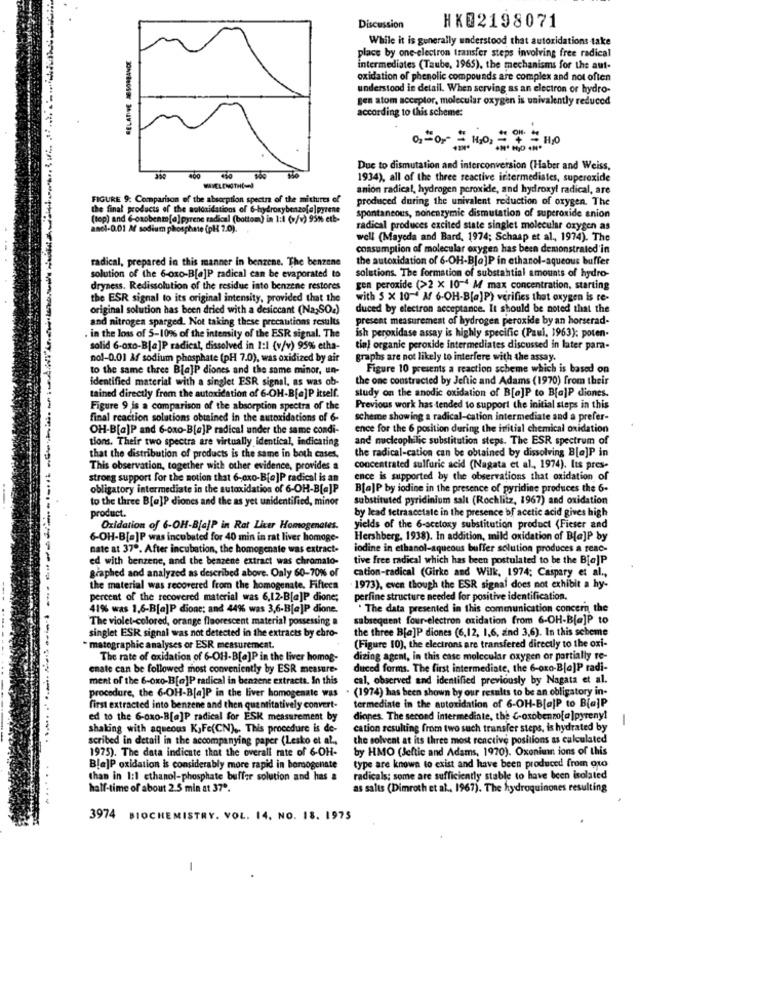
HK02198071
Discussion
While it is generally understood that autoridations take
place by one-electron transfer steps involving free radical
intermediates (Taube, 1965), the mechanisms for the aut-
oxidation of phenolic compounds are complex and not often
understood in detail. When serving as an electron or hydro-
gen atom acceptor, molecular oxygen is univalently reduced
according to this scheme:
Due to dismutation and interconversion (Haber and Weiss,
400
1934), all of the three reactive intermediates, superoxide
anion radical, hydrogen peroxide, and hydroxyl radical, are
FIGURE 9: Comparison of the absorption spectra of the mittures of
produced during the univalent reduction of oxygen. The
the final products of the aoldaidations of 6-hydroxybenzofa]pyren
(top) and 6-osobenm[a] pyrene radical (bottom) in 1:1 (>/v) 95% etb-
spontaneous, nonenzymie dismutation of superoxide anion
anel-0.01 Af sodium phosphate (pH 2.0).
radical produces excited state singlet molecular oxygen as
well (Mayeda and Bard, 1974; Schaap et al ., 1974). The
consumption of molecular oxygen has been demonstrated'in
radical, prepared in this manner in benzene. The benzene
the autoxidation of 6-OH-B[a]P in ethanol-aqueous buffer
solution of the 6-0x0-B[e]P radical can be evaporated to
solutions. The formation of substantial amounts of hydro-
dryness. Redissolution of the residue inte benzene restores
gen peroxide (>2 x 10-4 M max concentration, starting
the ESR signal to its original intensity, provided that the
with 5 x 10-4 M 6-OH-B[a]P) verifies that oxygen is re-
original solution has been dried with a desiccant (Na;SO2)
duced by electron acceptance. It should be noted that the
and nitrogen sparged. Not taking these precautions results
present measurement of hydrogen peroxide by an horserad-
ish peroxidase assay is highly specific (Paul, 1963); poten-
in the loss of 5-10% of the intensity of the ESR signal. The
solid 6-axo-B[a]P radical, dissolved in 1:1 (v/v) 95%% etha-
tinj organic peroxide intermediates discussed in later para-
nol-0.01 Af sodium phosphate (pH 7.0), was oxidized by air
graphs are not likely to interfere with the assay.
to the same three Ble]P diones and the same minor, un-
Figure 10 presents a reaction scheme which is based on
identified material with a singlet ESR signal, as was ob-
the one constructed by Jeftic and Adams (1970) from their
study on the anodic oxidation of B[a]P to B[a]P diones.
tained directly from the autoxidation of 6-OH-B[a]P itself.
Figure 9 is a comparison of the absorption spectra of the
Previous work has tended to support the initial steps in this
final reaction solutions obtained in the autoxidations of 6-
scheme showing a radical-cation intermediate and a prefer-
OH-B[a]P and 6-oxo-B[e]P radical under the same condi-
ence for the 6 position during the initial chemical oxidation
tions. Their two spectra are virtually identical, indicating
and nucleophilic substitution steps. The ESR spectrum of
the radical-cation can be obtained by dissolving B[e]P in
that the distribution of products is the same in both cases.
This observation, together with other evidence, provides a
concentrated sulfuric acid (Nagata et al ., 1974). Its pres-
strong support for the notion that 6-exo-B[e]P radical is an
ence is supported by the observations that oxidation of
obligatory intermediate in the sutoxidation of 6-OH-BleJP
B[a]P by iodine in the presence of pyridine produces the 6.
to the three B[a]P diones and the as yet unidentified, minor
substituted pyridinium salt (Rochlitz, 1967) and oxidation
product.
by lead tetraacetate in the presence of acetic acid gives high
Oxidation of 6-OH-B[a]P in Rat Licer Homogenates.
yields of the 6-acetoxy substitution product (Fieser and
6-OH-B[a]P was incubated for 40 min in rat liver homoge-
Hershberg, 1938). In addition, mild oxidation of B[a]P by
nate at 37ª. After incubation, the homogenale was extract-
iodine in ethanol-aqueous buffer solution produces a reac-
ed with benzene, and the benzene extract was chromato-
tive free radical which has been postulated to be the BiejP
graphed and analyzed as described above. Only 60-70% of
cation-radical (Girke and Wilk, 1974; Caspary et al .,
the material was recovered from the homogenate, Fifteen
1973), even though the ESR signal does not exhibit a hy-
percent of the recovered material was 6,12-B[a]P dione;
perfine structure needed for positive identification.
41% was 1,6-B[a]P dione; and 44% was 3,6-B[a]P dione.
. The data presented in this communication concern the
The violet-colored, orange fluorescent material possessing a
subsequent four-electron oxidation from 6-OH-B[a]P to
the three B[a]P diones (6,12, 1,6, and 3,6). In this scheme
singlet ESR signal was not detected in the extracts by chro-
- matographie analyses or ESR measurement.
(Figure 10), the electrons are transfered directly to the oxi-
The rate of oxidation of 6-OH-B[a]P in the liver homog-
dizing agent, in this case molecular oxygen or partially re-
enate can be followed most conveniently by ESR measure-
duced forms. The first intermediate, the 6-oxo-B[a]P radi-
ment of the 6-oxo-B[e]P radical in benzene extracts. In this
cal, observed and identified previously by Nagata et al.
procedure, the 6-OH-B[a]P in the liver homogenate was
(1974) has been shown by our results to be an obligatory in-
first extracted into benzene and then quantitatively convert-
termediate in the autoxidation of 6-OH-BlajP to Bia]P
ed to the 6-ox0-B[a]P radical for ESK measurement by
dianes. The second intermediate, the C-oxobenzofa ]pyreny!
1
shaking with aqueous KJFe(CN) ,. This procedure is de-
cation resulting from two such transfer steps, is hydrated by
scribed in detail in the accompanying paper (Lesko et al .,
the solvent at its three most reactive positions as calculated
1975). The data indicate that the overall rate of 6-OH-
by HMO (Jeftic and Adams, 1970). Oxoniun ions of this
type are known to exist and have been produced from oto
Bla]P oxidation is considerably more rapid in borogenate
than in 1:1 ethanol-phosphate buffer solution and has &
radicals; some are sufficiently stable to have been isolated
half-time of about 2.5 min at 37".
as salts (Dimroth et al ., 1967). The hydroquinones resulting
3974 BIOCHEMISTRY. VOL. 14. NO. 18. 1975
-